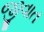
જીવાત